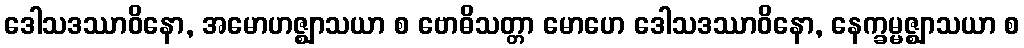
ဒေါသဒဿာဝိနော, အမောဟဇ္ဈာသယာ စ ဗောဓိသတ္တာ မောဟေ ဒေါသဒဿာဝိနော, နေက္ခမ္မဇ္ဈာသယာ စ